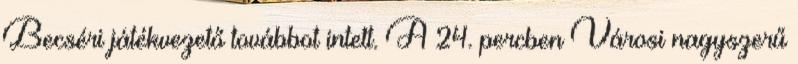
Becséri játékvezető továbbot intett. A 24. percben Városi nagyszerű